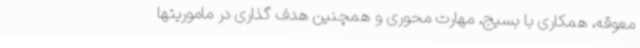
معوقه، همکاری با بسیج، مهارت محوری و همچنین هدف گذاری در ماموریتها